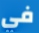
في